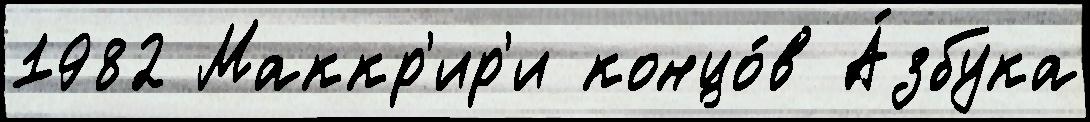
1982 Маккр'ир'и концо́в А́збука